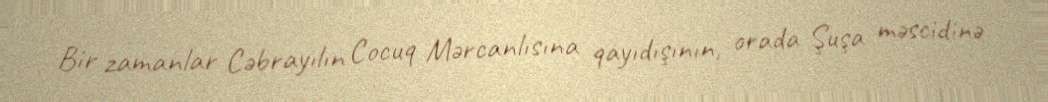
Bir zamanlar Cəbrayılın Cocuq Mərcanlısına qayıdışının, orada Şuşa məscidinə